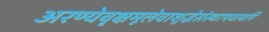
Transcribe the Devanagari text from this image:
अरण्येवृक्षमूलेवाशुद्धेसंस्थापयत्यपि